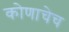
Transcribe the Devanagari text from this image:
कोणाचेच